Civil Veterinary Dept. Assam report 1927-50 - 1927-1950
Year: 1927
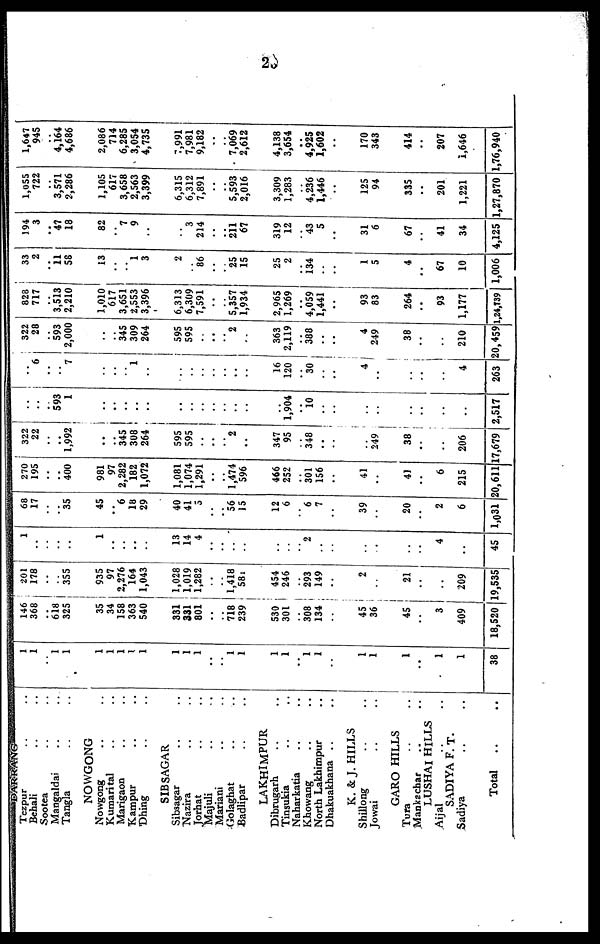
23
Tezpur .. ..
Behali .. ..
Sootea .. ..
Mangaldai .. ..
Tangla .. ..
NOWGONG
Nowgong .. ..
Kumarital .. ..
Marigaon .. ..
Kampur .. ..
Dhing .. ..
SIBSAGAR
Sibsagar .. ..
Nazira .. ..
Jorhat .. ..
Majuli .. ..
Mariani .. ..
Golaghat .. ..
Badlipar .. ..
LAKHIMPUR
Dibrugarh .. ..
Tinsukia .. ..
Naharkatia .. ..
Khowang .. ..
North Lakhimpur ..
Dhakuakhana .. ..
K. & J. HILLS
Shillong .. ..
Jowai
..
..
GARO HILLS
Tura
..
..
Mankachar .. ..
LUSHAI HILLS
Aijal .. ..
SADIYA F. T.
Sadiya .. ..
Total .. ..
1
1
..
..
..
1
1
1
1
1
1
1
1
1
1
1
1
1
1
..
1
1
1
1
1
1
..
1
1
38
146
368
..
618
325
35
34
158
363
540
331
331
801
..
..
718
239
530
301
..
308
134
..
45
36
45
..
3
409
18,520
201
178
..
..
355
935
97
2,276
164
1,043
1,028
1,019
1,282
..
..
1,418
581
454
246
..
293
149
..
2
..
21
..
..
209
19,535
1
..
..
..
..
1
..
..
..
..
13
14
4
..
..
..
..
..
..
..
2
..
..
..
..
..
..
4
..
45
68
17
..
..
35
45
.. 6
18
29
40
41
5
..
..
56
15
12
6
..
6
7
..
39
..
20
..
2
6
1,031
270
195
..
..
400
981
97
2,282
182
1,072
1,081
1,074
1,291
..
..
1,474
596
466
252
..
301
156
..
41
..
41
..
6
215
20,611
322
22
..
..
1,992
..
..
345
308
264
595
595
..
..
..
2
..
347
95
..
348
..
..
..
249
38
..
..
206
17,679
..
..
..
593
1
..
..
..
..
..
..
..
..
..
..
..
..
..
1,904
..
10
..
..
..
..
..
..
..
..
2,517
..
6
..
..
7
..
..
..
1
..
..
..
..
..
..
..
..
16
120
..
30
..
..
4
..
..
..
..
4
263
322
28
..
593
2,000
..
..
345
309
264
595
595
..
..
..
2
..
363
2,119
..
388
..
..
4
249
38
..
..
210
20,459
828
717
..
3,513
2,210
1,010
617
3,651
2,553
3,396
6,313
6,309
7,591
..
..
5,357
1,934
2,965
1,269
..
4,059
1,441
..
93
83
264
..
93
1,177
1,24,739
33
2
..
11
58
13
..
..
1
3
2
..
86
..
..
25
15
25
2
..
134
..
..
1
5
4
..
67
10
1,006
194
3
..
47
18
82
..
7
9
..
..
3
214
..
..
211
67
319
12
..
43
5
..
31
6
67
..
41
34
4,125
1,055
722
..
3,571
2,286
1,105
617
3,658
2,563
3,399
6,315
6,312
7,891
..
..
5,593
2,016
3,309
1,283
..
4,236
1,446
..
125
94
335
..
201
1,221
1,27,870
1,647
945
..
4,164
4,686
2,086
714
6,285
3,054
4,735
7,991
7,981
9,182
..
..
7,069
2,612
4,138
3,654
..
4,925
1,602
..
170
343
414
..
207
1,646
1,76,940